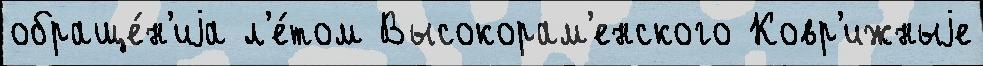
обраще́н'иjа л'е́том Высокорам'енского Ковр'ижныjе